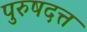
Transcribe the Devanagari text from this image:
पुरुषदत्त